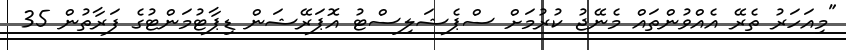
"މިއަހަރު ތެރޭ އެއްވުންތައް މެނޭޖު ކުރުމަށް ސްޕެޝަލިސްޓު އޮޕަރޭޝަން ޑިޕާޓުމަންޓުގެ ފަރާތުން 35